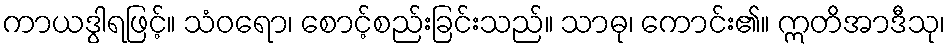
ကာယဒွါရဖြင့်။ သံဝရော၊ စောင့်စည်းခြင်းသည်။ သာဓု၊ ကောင်း၏။ ဣတိအာဒီသု၊